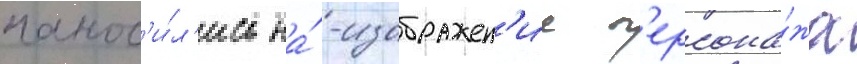
нанос'и́л'ись на́ -изображен'ие п'ерсона́жа